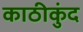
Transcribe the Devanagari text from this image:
काठीकुंद